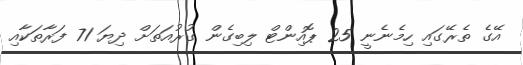
އޭގެ ތެރޭގައި ހިމެނެނީ 25 ޕޮއިންޓް ލިބިގެން ގުރުއަތަށް ދިޔަ 71 ފަރާތަކާއި